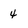
Character: 4